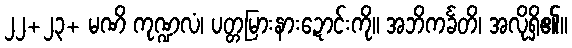
၂၂+၂၃+ မဏိ ကုဏ္ဍလံ၊ ပတ္တမြားနားဍောင်းကို။ အဘိကင်္ခတိ၊ အလိုရှိ၏။